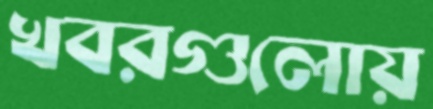
খবরগুলোয়